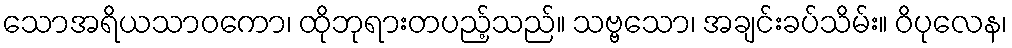
သောအရိယသာဝကော၊ ထိုဘုရားတပည့်သည်။ သဗ္ဗသော၊ အချင်းခပ်သိမ်း။ ဝိပုလေန၊